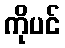
ကိုပင်